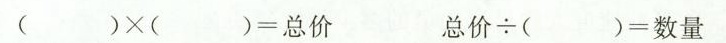
()×()=总价 总价÷()=数量